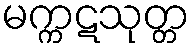
မက္ကဋသုတ္တ